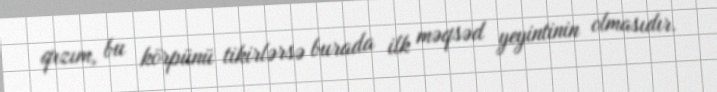
qızım, bu körpünü tikirlərsə burada ilk məqsəd yeyintinin olmasıdır.